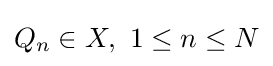
Q_{n}\in X,\ 1\leq n\leq N